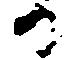
る